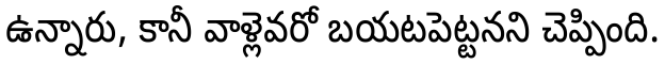
ఉన్నారు, కానీ వాళ్లెవరో బయటపెట్టనని చెప్పింది.